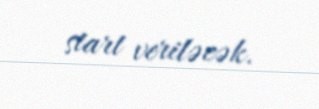
start veriləcək.